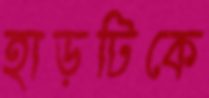
হাড়টিকে